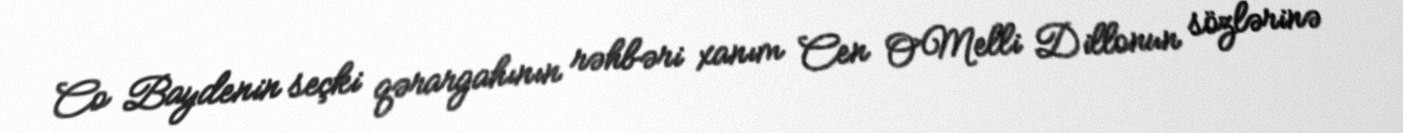
Co Baydenin seçki qərargahının rəhbəri xanım Cen O`Melli Dillonun sözlərinə